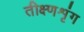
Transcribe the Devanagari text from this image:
तीक्ष्णशृंग